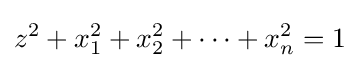
z^{2}+x_{1}^{2}+x_{2}^{2}+\cdots +x_{n}^{2}=1